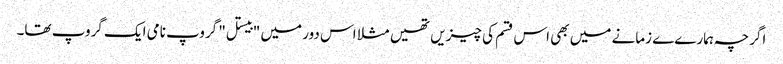
اگرچہ ہمارےے زمانے میں بھی اس قسم کی چیزیں تھیں مثلا اس دور میں "بیستل" گروپ نامی ایک گروپ تھا۔